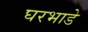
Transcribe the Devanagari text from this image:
घरभाडे